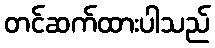
တင်ဆက်ထားပါသည်